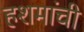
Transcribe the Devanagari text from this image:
हशमांची